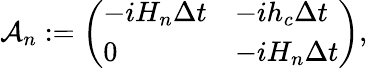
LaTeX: \mathcal{A}_{n}:={\biggl(\begin{array}{ll}{-iH_{n}\Delta t}&{-ih_{c}\Delta t}\\ {0}&{-iH_{n}\Delta t}\end{array}\biggr)},